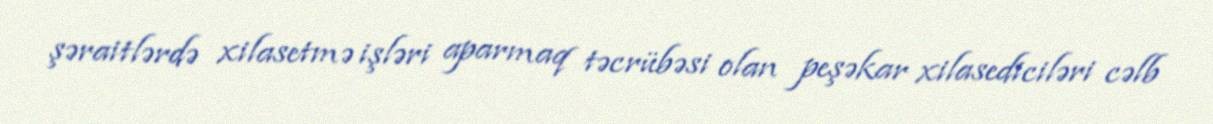
şəraitlərdə xilasetmə işləri aparmaq təcrübəsi olan peşəkar xilasediciləri cəlb